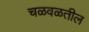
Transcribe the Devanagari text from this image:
चळवळतील